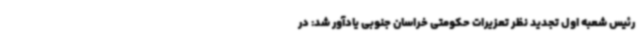
رئیس شعبه اول تجدید نظر تعزیرات حکومتی خراسان جنوبی یادآور شد: در